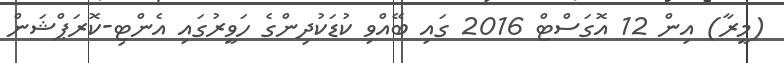
(މީރާ) އިން 12 އޮގަސްޓް 2016 ގައި ބޭއްވި ކުޑަކުދިންގެ ހަވީރުގައި އެންޓި-ކޮރަޕްޝަން